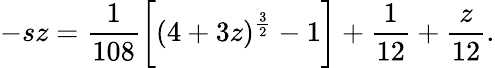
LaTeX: -sz=\frac{1}{108}\biggl[(4+3z)^{\frac{3}{2}}-1\biggr]+\frac{1}{12}+\frac{z}{12}.